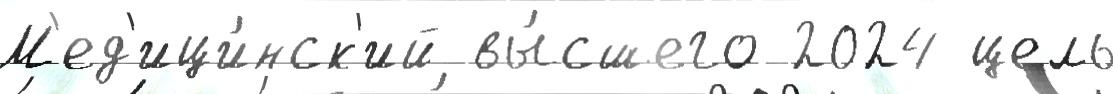
М'ед'ици́нск'ий вы́сшего 2024 цель